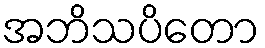
အဘိသပိတော